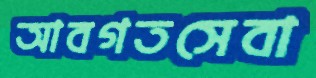
আবগতসেবা